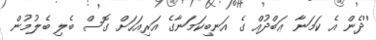
''ދެން އެ ކަމަނާ ޢަބްދުއް ގެ އަނބިކަމަނާގެ އަރިއަހަށް ގޮސް ބެލި ބެލުމުން